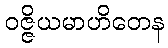
ဝဇ္ဇိယမာဟိတေန